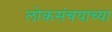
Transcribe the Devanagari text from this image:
लोकसंचयाच्या